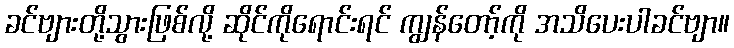
ခင်ဗျားတို့သွားဖြစ်လို့ ဆိုင်ကိုရောင်းရင် ကျွန်တော့်ကို အသိပေးပါခင်ဗျာ။